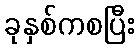
ခုနှစ်ကစပြီး